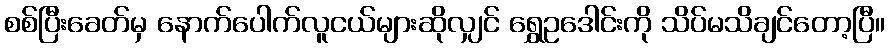
စစ်ပြီးခေတ်မှ နောက်ပေါက်လူငယ်များဆိုလျှင် ရွှေဥဒေါင်းကို သိပ်မသိချင်တော့ပြီ။